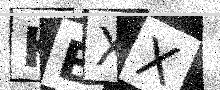
Text: KBXX